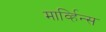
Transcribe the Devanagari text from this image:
मार्व्हिन्स